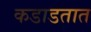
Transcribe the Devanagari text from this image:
कडाडतात